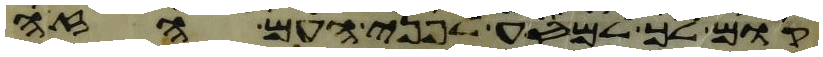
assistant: קום לך למסע לפני העם הזה